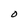
Character: 0